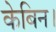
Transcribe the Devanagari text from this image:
केबिन।